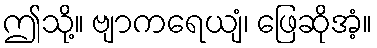
ဤသို့။ ဗျာကရေယျံ၊ ဖြေဆိုအံ့။